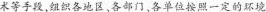
术等手段，组织各地区，各部门、各单位按照一定的环境